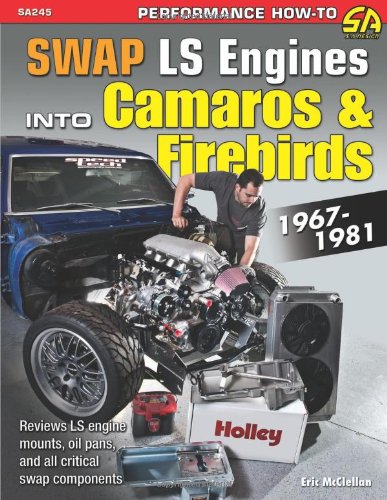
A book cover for Swap LS Engines into Camaros & Firebirds: 1967-1981 (Sa Design); Eric McClellan; Engineering & Transportation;